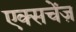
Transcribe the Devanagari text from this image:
एक्सचेंज़